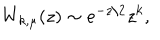
LaTeX: W _ { k , \mu } ( z ) \sim e ^ { - z / 2 } z ^ { k } ,